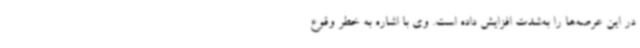
در این عرصه‌ها را به‌شدت افزایش داده است. وی با اشاره به خطر وقوع